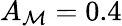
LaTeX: A_{\mathcal{M}}=0.4